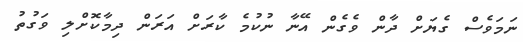
ނަމަވެސް ގެޔަށް ދާން ވެގެން އޭނާ ނުކުމެ ކާރަށް އަރަން ދިމާކޮށްލި ވަގުތު